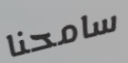
سامحنا